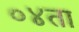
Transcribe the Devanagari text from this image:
०४ता